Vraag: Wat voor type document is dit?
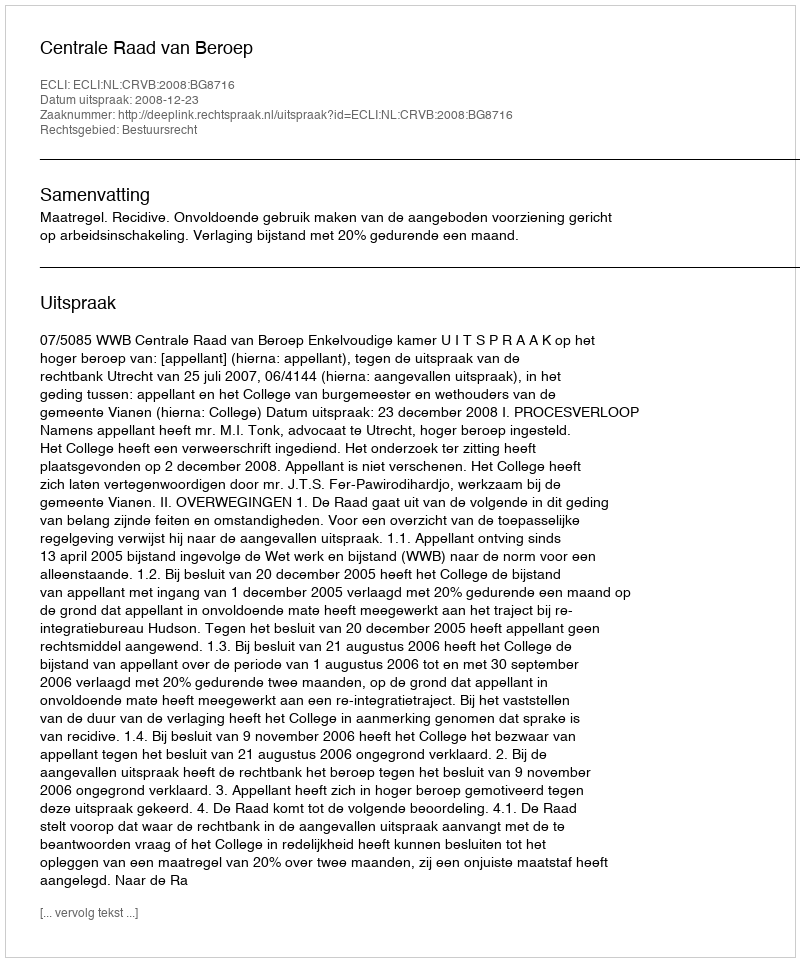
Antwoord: Uitspraak